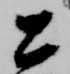
公